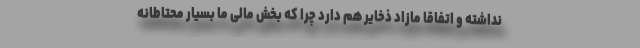
نداشته و اتفاقا مازاد ذخایر هم دارد چرا که بخش مالی ما بسیار محتاطانه